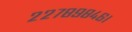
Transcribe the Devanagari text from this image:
२२७८९८४६।